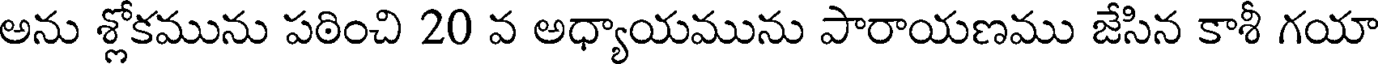
అను శ్లోకమును పఠించి 20 వ అధ్యాయమును పారాయణము జేసిన కాశీ గయా